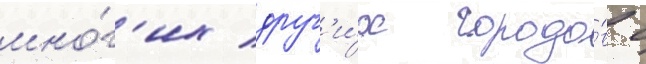
мно́г'их друг'и́х городо́в с